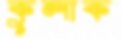
কুলাক